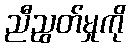
ညီညွတ်မှုကို